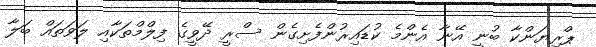
ޕްރިޔަންކާ ބުނީ އޭނާ އެންމެ ކުޑައިރުންފެށިގެން ސްރީ ދޭވީގެ ފިލްމްތަކާއި ލަވަތައް ބަލާ